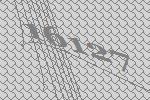
16127